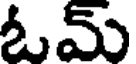
ఓమ్